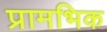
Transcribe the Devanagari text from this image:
प्रामभिक